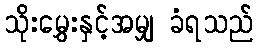
သိုးမွှေးနှင့်အမျှ ခံရသည်